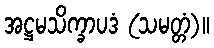
အဋ္ဌမသိက္ခာပဒံ (သမတ္တံ)။